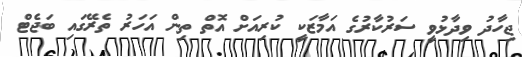
ޖިހާދު ވިދާޅުވީ ސަރުކާރުގެ އަމާޒަކީ ކުރިއަށް އޮތް ތިން އަހަރު ތެރޭގައި ބަޖެޓް